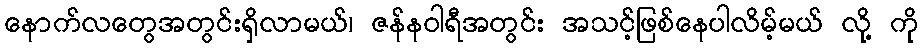
နောက်လတွေအတွင်းရှိလာမယ်၊ ဇန်နဝါရီအတွင်း အသင့်ဖြစ်နေပါလိမ့်မယ် လို့ ကို